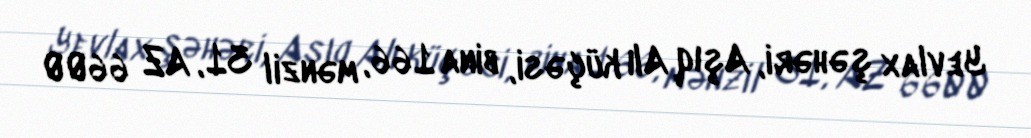
Yevlax şəhəri, Aşıq Alı küçəsi, bina 166, mənzil 31, AZ 6600